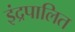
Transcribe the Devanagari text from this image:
इंद्रपालित